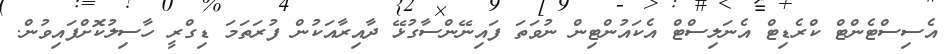
އެސިސްޓެންޓް ކްރެޑިޓް އެނަލިސްޓް އެކައުންޓިން ނުވަތަ ފައިނޭންސާގުޅޭ ދާއިރާއަކުން ފުރަތަމަ ޑިގްރީ ހާސިލުކޮށްފައިވުން.